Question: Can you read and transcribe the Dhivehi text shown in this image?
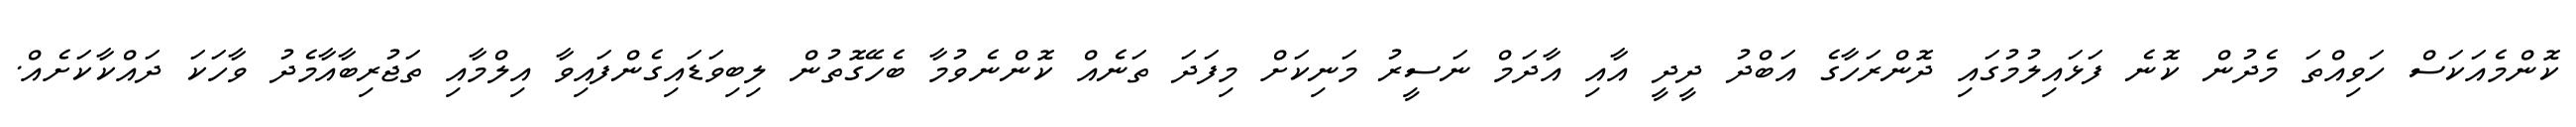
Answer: ކޮންމެއަކަސް ހަވިއްތަ މެދުން ކޮނެ ފަޅައިލުމުގައި ދޮންރަހާގެ އަބްދު ދީދީ އާއި އާދަމް ނަސީރު މަނިކަށް މިފަދަ ތަނެއް ކޮންނެވުމާ ބެހޭގޮތުން ލިބިވަޑައިގެންފައިވާ އިލްމާއި ތަޖުރިބާއާމެދު ވާހަކަ ދައްކާކަށެއް.